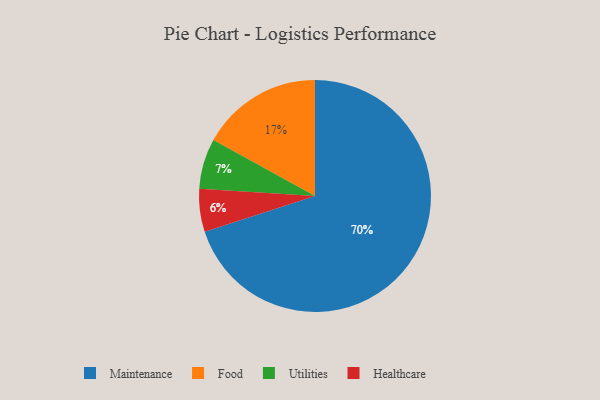
{"axis": {"x": "Category", "y": "Percentage"}, "legend": ["Food", "Healthcare", "Maintenance", "Utilities"], "data": [{"x": "Utilities", "y": 7, "type": "Utilities"}, {"x": "Food", "y": 17, "type": "Food"}, {"x": "Maintenance", "y": 70, "type": "Maintenance"}, {"x": "Healthcare", "y": 6, "type": "Healthcare"}]}